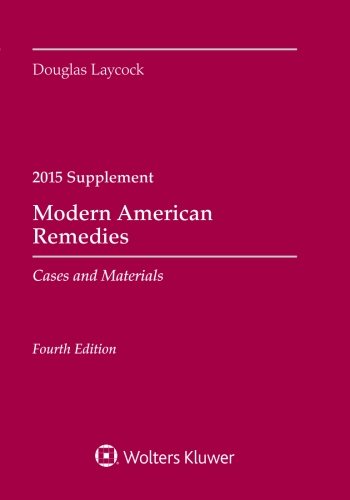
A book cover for Modern American Remedies: Cases and Materials 2015 Case Supplement; Douglas Laycock; Law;